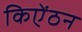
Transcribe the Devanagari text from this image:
किऐंठन